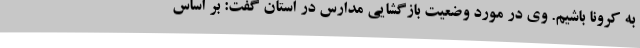
به کرونا باشیم. وی در مورد وضعیت بازگشایی مدارس در استان گفت: بر اساس